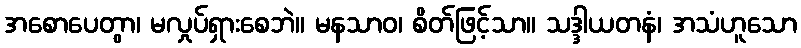
အစောပေတွာ၊ မလှုပ်ရှားစေဘဲ။ မနသာဝ၊ စိတ်ဖြင့်သာ။ သဒ္ဒါယတနံ၊ အသံဟူသော